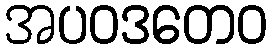
အပဝဒတေဝ